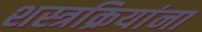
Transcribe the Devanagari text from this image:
शस्त्रक्रियांना